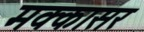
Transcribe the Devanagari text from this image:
मक्कासर